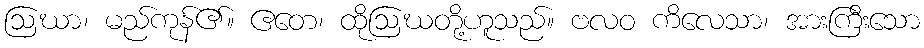
ဩဃာ၊ မည်ကုန်၏။ ဧတေ၊ ထိုဩဃတို့ဟူသည်။ ဗလဝ ကိလေသာ၊ အားကြီးသော